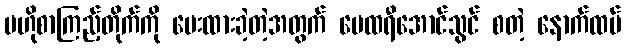
ဗဟိုစာကြည့်တိုက်ကို ပေးထားခဲ့တဲ့အတွက် မေထရီအောင်သွင် စတဲ့ နောက်ထပ်